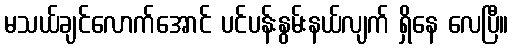
မသယ်ချင်လောက်အောင် ပင်ပန်းနွမ်းနယ်လျက် ရှိနေ လေပြီ။